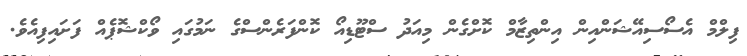
ފިލްމް އެސޯސިއޭޝަންއިން އިންތިޒާމް ކޮށްގެން މިއަދު ސްޓޫޑިއޯ ކޮންފަރެންސްގެ ނަމުގައި ވޯކްޝޮޕެއް ފަށައިފިއެވެ.